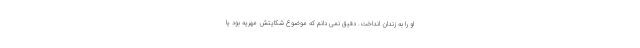
او را به زندان انداخت. دقیق نمی دانم که موضوع شکایتش مهریه بود یا